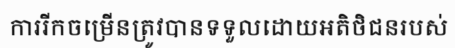
ការរីកចម្រើនត្រូវបានទទួលដោយអតិថិជនរបស់